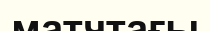
матчтағы